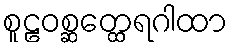
စူဠဝစ္ဆတ္ထေရဂါထာ